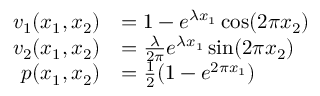
\begin{array} { r l } { v _ { 1 } ( x _ { 1 } , x _ { 2 } ) } & { = 1 - e ^ { \lambda x _ { 1 } } \cos ( 2 \pi x _ { 2 } ) } \\ { v _ { 2 } ( x _ { 1 } , x _ { 2 } ) } & { = \frac { \lambda } { 2 \pi } e ^ { \lambda x _ { 1 } } \sin ( 2 \pi x _ { 2 } ) } \\ { p ( x _ { 1 } , x _ { 2 } ) } & { = \frac { 1 } { 2 } ( 1 - e ^ { 2 \pi x _ { 1 } } ) } \end{array}